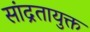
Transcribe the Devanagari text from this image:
सांद्रतायुक्त